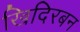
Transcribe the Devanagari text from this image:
खिदिरबन